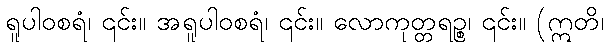
ရူပါဝစရံ၊ ၎င်း။ အရူပါဝစရံ၊ ၎င်း။ လောကုတ္တရဉ္စ၊ ၎င်း။ (ဣတိ၊